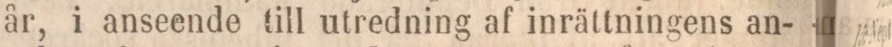
år, i anseende till utredning af inrättningens an-